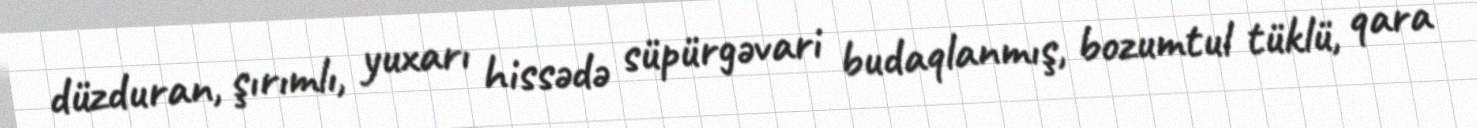
düzduran, şırımlı, yuxarı hissədə süpürgəvari budaqlanmış, bozumtul tüklü, qara